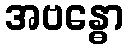
အဗန္ဓော